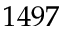
1 4 9 7